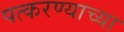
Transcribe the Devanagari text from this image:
पत्करण्याच्या